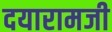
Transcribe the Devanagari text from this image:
दयारामजी